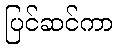
ပြင်ဆင်ကာ